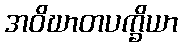
အဝိဃာတပက္ခိယာ